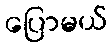
ပြောမယ်